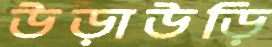
উড়াউড়ি